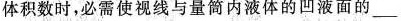
体积数时，必需使视线与量筒内液体的凹液面的__